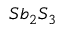
S b _ { 2 } S _ { 3 }